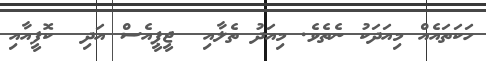
ހަކަތައެއް މިއަދަކު ނެތެވެ. މިއަދު ތެލާއި  ޖީޕީއެސް އަދި  ކޮފީއާއި